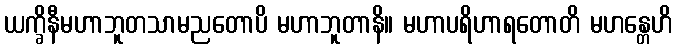
ယက္ခိနီမဟာဘူတသာမညတောပိ မဟာဘူတာနိ။ မဟာပရိဟာရတောတိ မဟန္တေဟိ